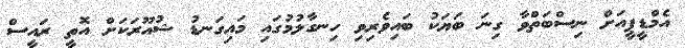
އެމްޑީޕީއަށް ނިސްބަތްވާ ގިނަ ބަޔަކު ބައިވެރިވި ހިނގާލުމުގައި މައިގަނޑު ޝުއޫރަކަށް އޮތީ ރައީސް